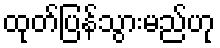
ထုတ်ပြန်သွားမည်ဟု